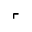
\ulcorner